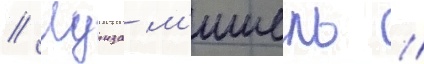
// Луиза м'ишель //